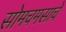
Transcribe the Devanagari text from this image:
सोमचमसाचे